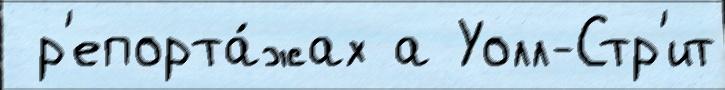
 р'епорта́жах а Уолл-Стр'ит